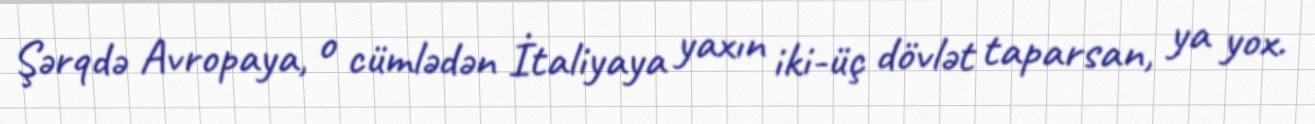
Şərqdə Avropaya, o cümlədən İtaliyaya yaxın iki-üç dövlət taparsan, ya yox.